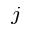
_ j